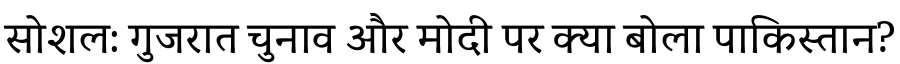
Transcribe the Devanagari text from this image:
सोशल: गुजरात चुनाव और मोदी पर क्या बोला पाकिस्तान?